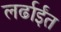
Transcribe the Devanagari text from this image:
लर्ढाईंत